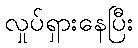
လှုပ်ရှားနေပြီး